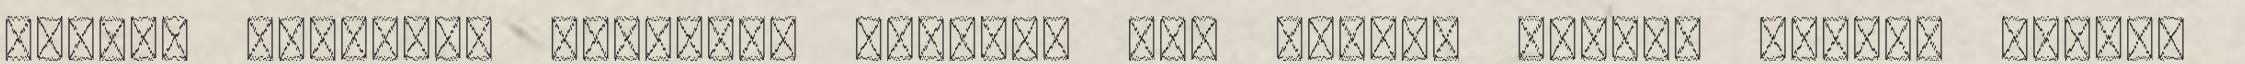
embert magamhoz öleljek: tudod-e mit teszel velem? Honnan tudod: